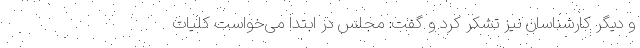
و دیگر کارشناسان نیز تشکر کرد و گفت: مجلس در ابتدا می‌خواست کلیات